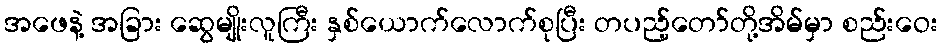
အဖေနဲ့ အခြား ဆွေမျိုးလူကြီး နှစ်ယောက်လောက်စုပြီး တပည့်တော်တို့အိမ်မှာ စည်းဝေး